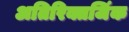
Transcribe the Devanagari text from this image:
अतिरिक्तजिंक